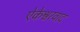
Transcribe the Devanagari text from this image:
ऐकेश्वरवाद